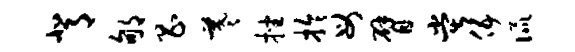
背郇昌羲挫拎母臂堂伍侃